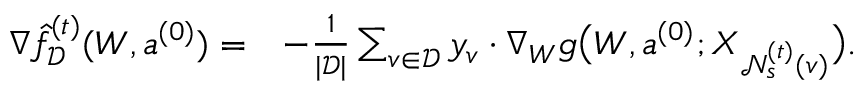
\begin{array} { r l } { \nabla \hat { f } _ { \mathcal { D } } ^ { ( t ) } ( { \boldsymbol W } , { \boldsymbol a } ^ { ( 0 ) } ) = } & { - \frac { 1 } { | \mathcal { D } | } \sum _ { v \in \mathcal { D } } y _ { v } \cdot \nabla _ { \boldsymbol W } g \big ( { \boldsymbol W } , { \boldsymbol a } ^ { ( 0 ) } ; { \boldsymbol X } _ { \mathcal { N } _ { s } ^ { ( t ) } ( v ) } \big ) . } \end{array}